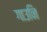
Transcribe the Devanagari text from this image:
गाउनि